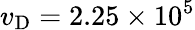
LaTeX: v_{\mathrm{D}}=2.25\times 10^{5}